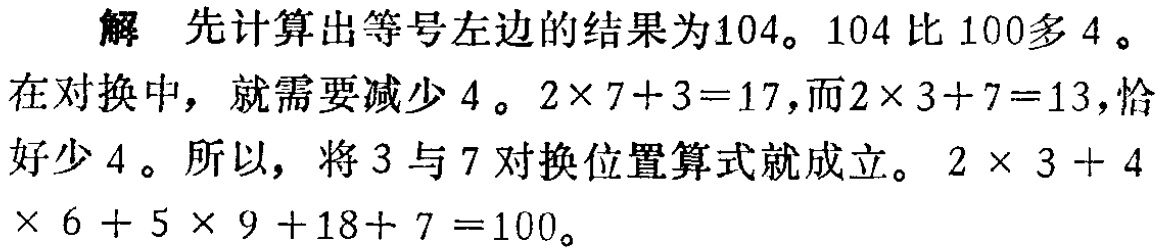
解 先计算出等号左边的结果为104。104 比 100多 4 。在对换中，就需要减少 4 。$2\times 7 + 3 = 17$，而$2\times 3 + 7 = 13$，恰好少 4 。所以，将 3 与 7 对换位置算式就成立。$2\times 3 + 4\times 6 + 5\times 9 + 18 + 7 = 100$。